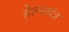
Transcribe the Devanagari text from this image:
हेल्थमंत्र